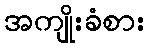
အကျိုးခံစား